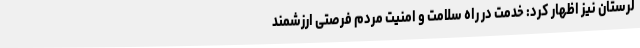
لرستان نیز اظهار کرد: خدمت در راه سلامت و امنیت مردم فرصتی ارزشمند